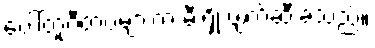
ပေါ်တူဂီတပ်များက မီးရှို့ ဖျက်ဆီးခဲ့သည်။